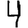
Digit: 4